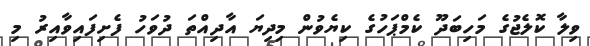
ވިލާ ކޮލެޖުގެ މަހިބަދޫ ކެމްޕަހުގެ ކިޔެވުން މިދިޔަ އާދިއްތަ ދުވަހު ފެށިފައިވާއިރު މި